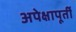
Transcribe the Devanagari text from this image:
अपेक्षापूर्ती